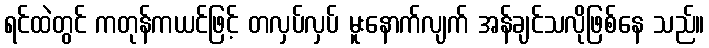
ရင်ထဲတွင် ကတုန်ကယင်ဖြင့် တလှပ်လှပ် မူးနောက်လျက် အန်ချင်သလိုဖြစ်နေ သည်။